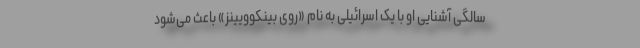
سالگی آشنایی او با یک اسرائیلی به نام «روی بینکوویینز» باعث می‌شود